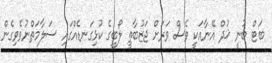
ބަޓް ބުނީ ޚުދް އޭނާއަކީ ވެސް ވަރަށް ޖަޒުބާތީ ލޯބީގެ ކުޅިގަނޑެއްގައި ސަލާމަތްނުވެވިގެން